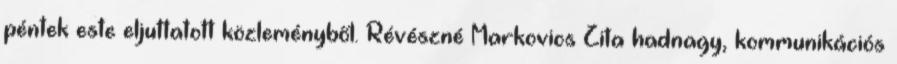
péntek este eljuttatott közleményből. Révészné Markovics Zita hadnagy, kommunikációs